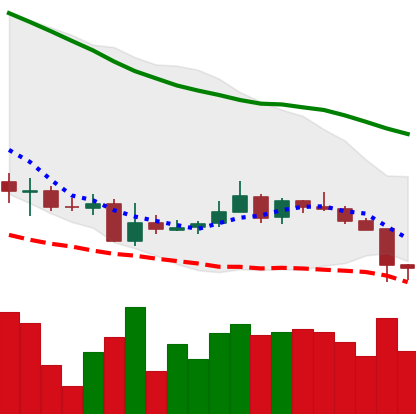
Ticker: XMR-USD
Chart end date: 2018-06-11
Forward return: -8.124%
Label: down_7plus